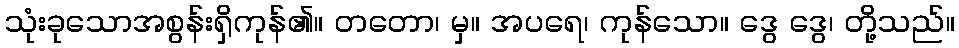
သုံးခုသောအစွန်းရှိကုန်၏။ တတော၊ မှ။ အပရေ၊ ကုန်သော။ ဒွေ ဒွေ၊ တို့သည်။